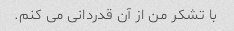
با تشکر من از آن قدردانی می کنم.